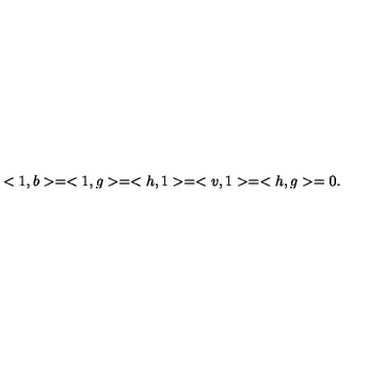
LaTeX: < 1 , b > = < 1 , g > = < h , 1 > = < v , 1 > = < h , g > = 0 .